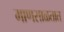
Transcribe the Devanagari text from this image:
माणसाळतात